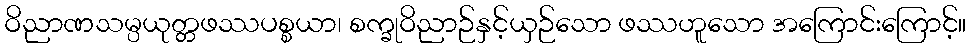
ဝိညာဏသမ္ပယုတ္တဖဿပစ္စယာ၊ စက္ခုဝိညာဉ်နှင့်ယှဉ်သော ဖဿဟူသော အကြောင်းကြောင့်။